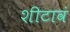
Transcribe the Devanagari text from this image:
शीटावं